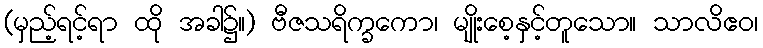
(မှည့်ရင့်ရာ ထို အခါ၌။) ဗီဇသရိက္ခကော၊ မျိုးစေ့နှင့်တူသော။ သာလိဧဝ၊